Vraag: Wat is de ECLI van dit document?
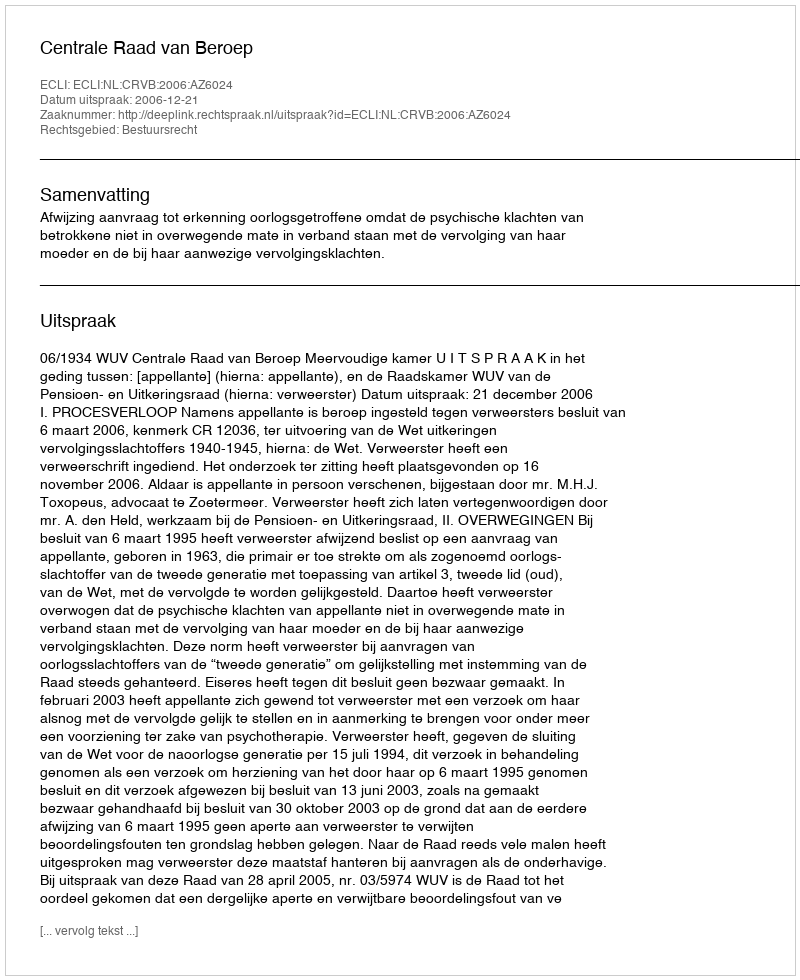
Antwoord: ECLI:NL:CRVB:2006:AZ6024